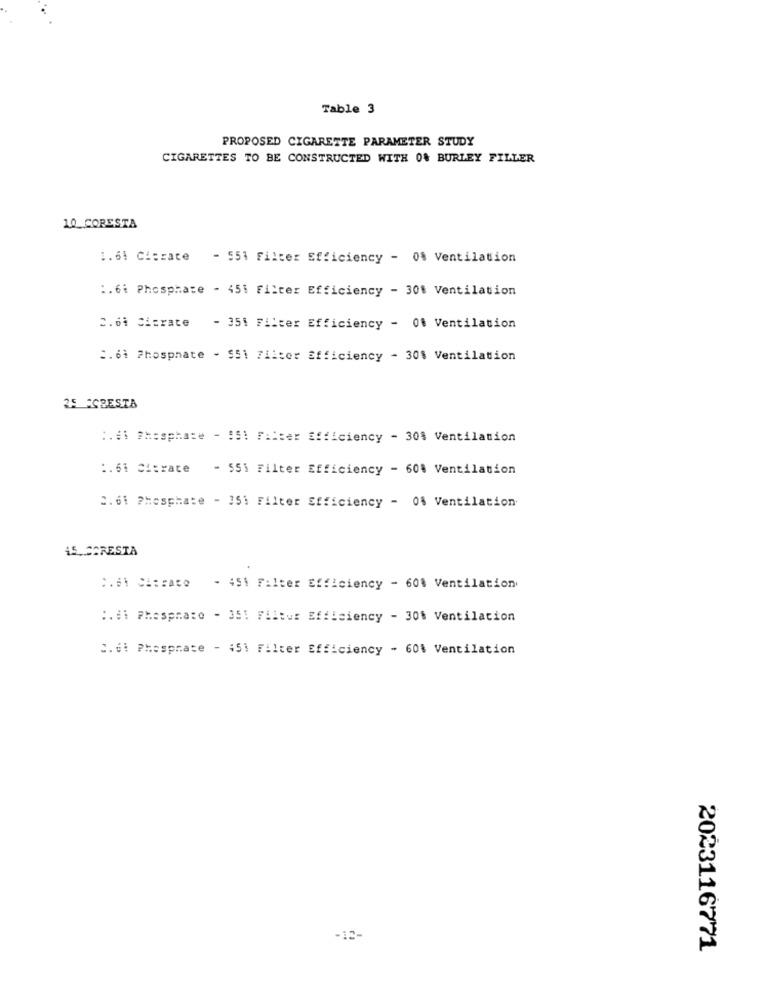
Table 3
PROPOSED CIGARETTE PARAMETER STUDY
CIGARETTES TO BE CONSTRUCTED WITH 0% BURLEY FILLER
10_CORESTA
1.61 Citrate - 551 Filter Efficiency - 0% Ventilation
:. 6: Phosphate - 451 Filter Efficiency - 30% Ventilation
2.64 Citrate - 351 Filter Efficiency - 01 Ventilation
2.64 Phosphate - $51 Filter Efficiency - 30% Ventilation
25 FCRESTA
:. di Phosphate - 951 Filter Efficiency - 30% Ventilation
:. 61 Citrate - 5S) Filter Efficiency - 60% Ventilation
2.61 Phosphate - 251 Filter Efficiency - 0% Ventilation
iS.SARESTA
2.61 Chtrace - 451 Filter Efficiency - 601 Ventilation
:. di Phospnato - 351 Filtus Efficiency - 30% Ventilation
C.el Phosphate - 451 Filter Efficiency - 60% Ventilation
2023116771